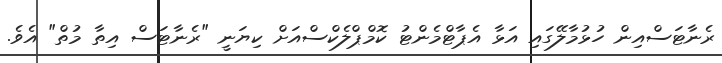
ރެނާޓަސްއިން ހުޅުމާލޭގައި އަޅާ އެޕާޓްމެންޓު ކޮމްޕްލެކްސްއަށް ކިޔަނީ "ރެނާޓަސް އިތާ މުތް" އެވެ.